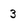
Character: 3